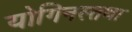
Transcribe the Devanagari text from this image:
योगिनस्तथा